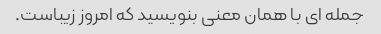
جمله ای با همان معنی بنویسید که امروز زیباست.